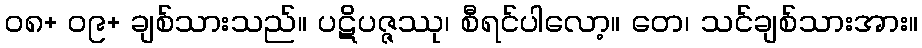
၀၈+ ၀၉+ ချစ်သားသည်။ ပဋိပဇ္ဇဿု၊ စီရင်ပါလော့။ တေ၊ သင်ချစ်သားအား။